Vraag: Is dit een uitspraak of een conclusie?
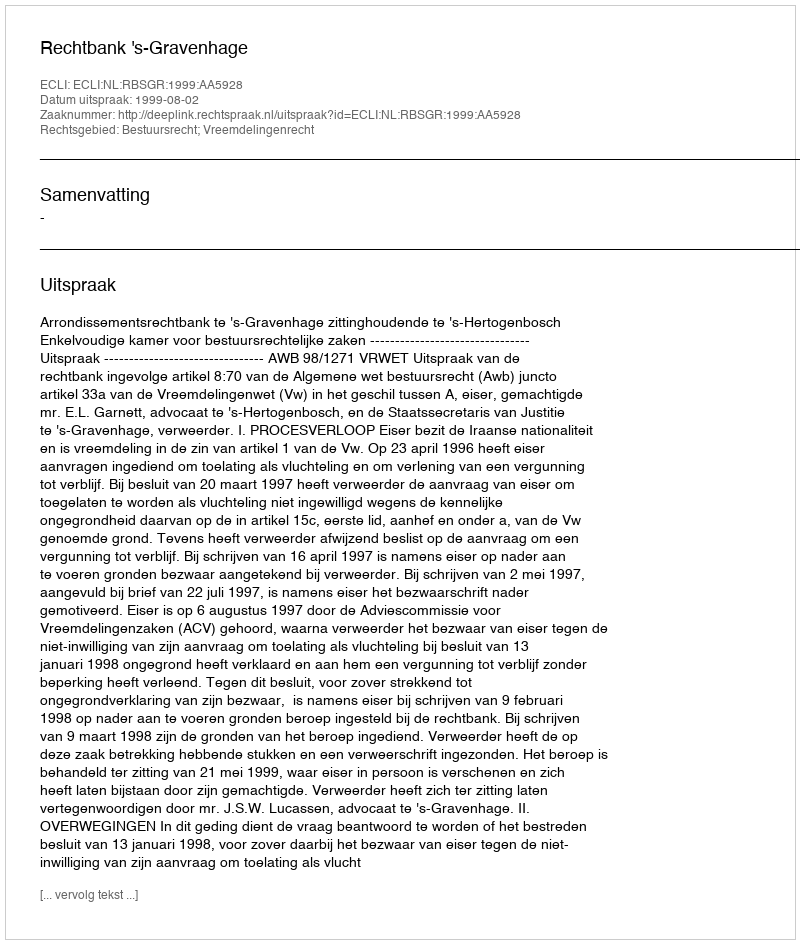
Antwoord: Uitspraak